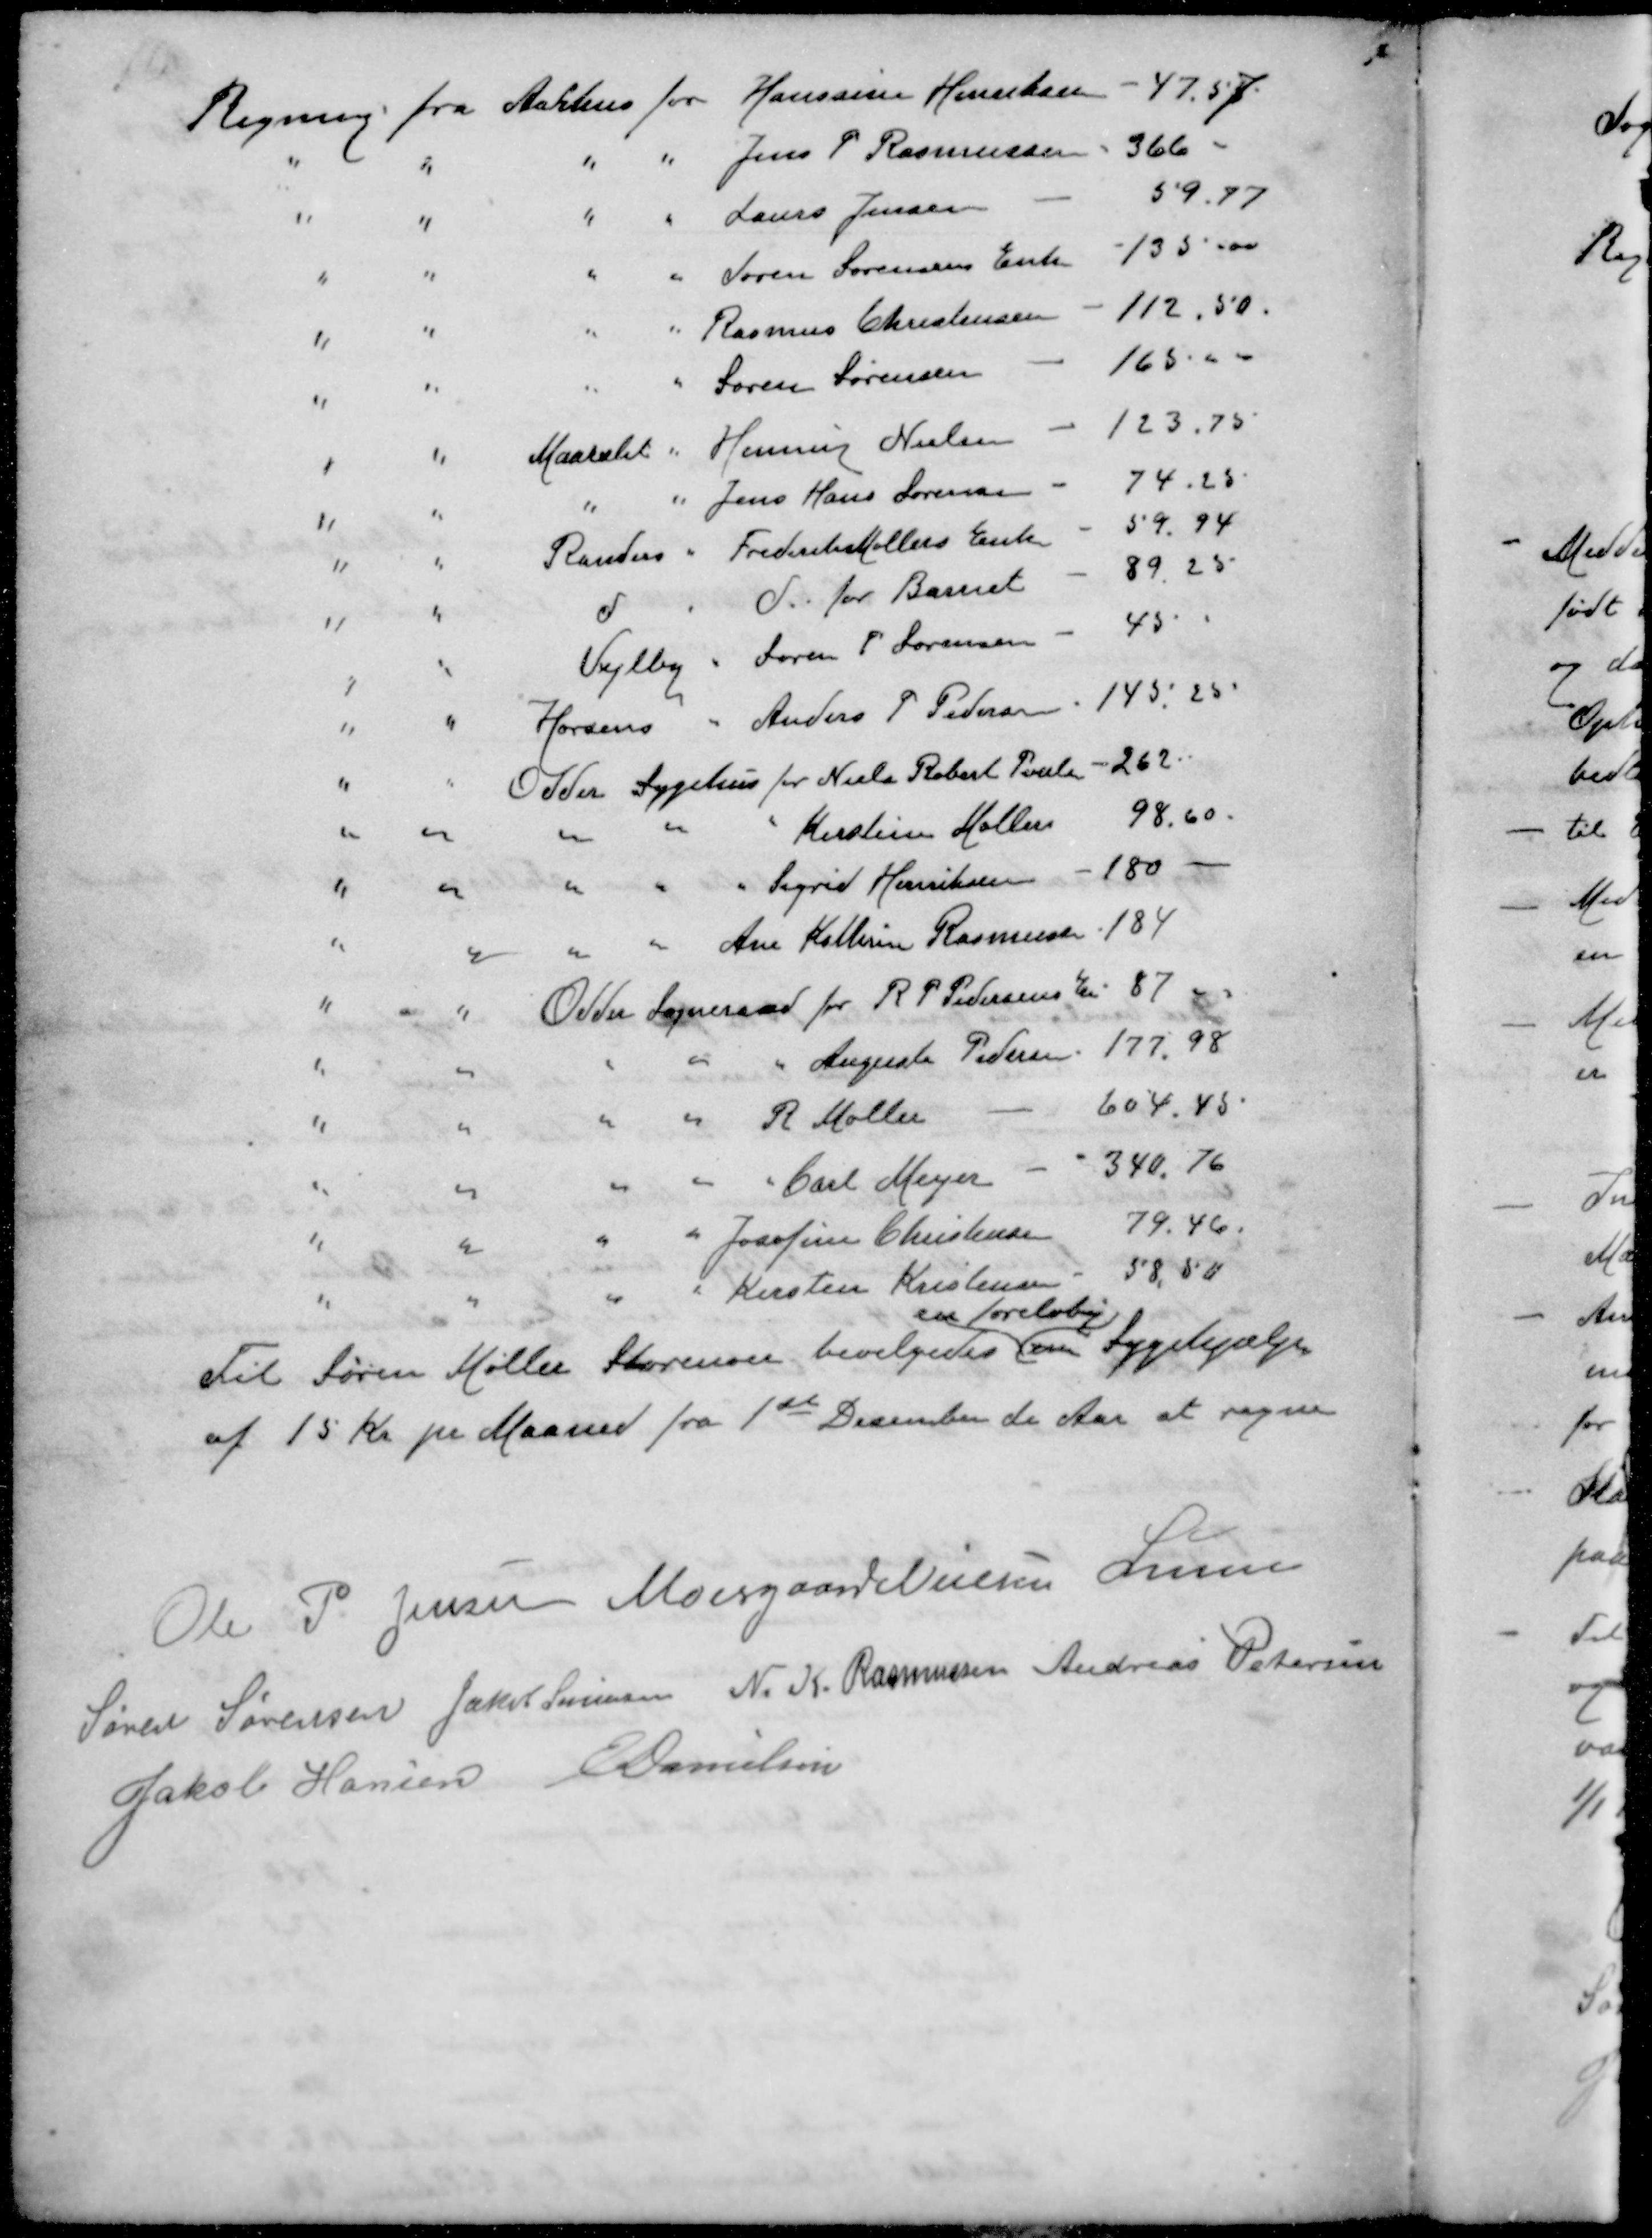
Transskription:
Regning fra Aarhus for Hanssine Henriksen - 47.57
"
"
"
"
Jens P Rasmussen
366 -
"
"
"
"
Laurs Jensen
59.77
"
"
"
"
Søren Sørensens Enke
135,00
"
"
"
"
Rasmus Christensen
112,50.
"
"
"
"
Søren Sørensen
165-
"
"
Maarslet " Henning Nielsen
123,75
"
"
"
"
Jens Hans Sørensen
74,25
"
"
Randers " Frederik Møllers Enk
59.94
"
"
d
"
d for Barnet
89.25
"
"
Vejlby " Søren P Sørensen
45
"
"
Horsens " Anders P Pedersen
145,25
"
"
Odder Sygehus for Niels Robert Pouls
262
"
"
"
"
"
Kirstine Møller
98.60.
"
"
"
"
"
Sigrid Henriksen
180
"
"
"
"
Ane Kathrine Rasmussen
184
"
"
Odder Sogneraad for R P Pedersen E
87
"
"
"
"
"
Augusta Pedersen
177,98
"
"
"
"
R Møller
604,45
"
"
"
" " Carl Meyer
340.76
"
"
"
"
Josefine Christensen
79.46.
"
"
"
"
Kirsten Kristensen
58,50
en foreløbig
Til Søren Møller Storenor bevilgedes en Sygehjælp
af 15 Kr pr Maaned fra 1ste December d Aar at regne
Ole P. Jensen
Moesgaard Nielsen
Lunn
Søren Sørensen
Jakob Sørensen
N. K. Rasmussen
Andreas Petersen
Jakob Hansen
E Danielsen